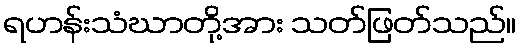
ရဟန်းသံဃာတို့အား သတ်ဖြတ်သည်။